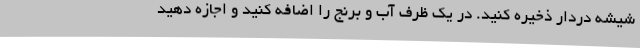
شیشه دردار ذخیره کنید. در یک ظرف آب و برنج را اضافه کنید و اجازه دهید